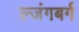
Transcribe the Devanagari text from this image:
ल्जंगबर्ग